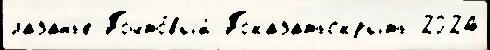
лазанье Почто́вый Показатьскрыть 2024